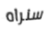
سنراه